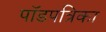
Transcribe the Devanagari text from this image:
पॉडपत्रिका